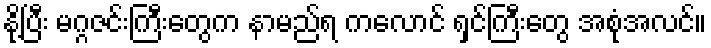
နို့ပြီး မဂ္ဂဇင်းကြီးတွေက နာမည်ရ ကလောင် ရှင်ကြီးတွေ အစုံအလင်။